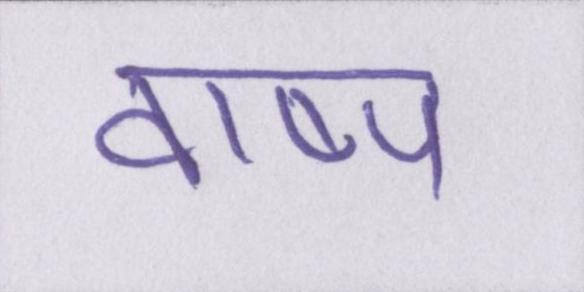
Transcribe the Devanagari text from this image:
वाष्प